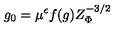
g _ { 0 } = \mu ^ { \epsilon } f ( g ) Z _ { \Phi } ^ { - 3 / 2 }